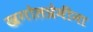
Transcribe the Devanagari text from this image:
खगोलप्रेमींना